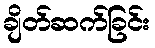
ချိတ်ဆက်ခြင်း